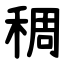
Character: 稠